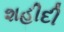
શહીદી